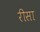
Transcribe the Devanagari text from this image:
रीसा